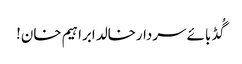
گُڈ بائے سردارخالد ابراہیم خان!